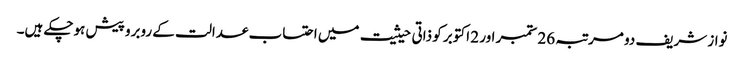
نواز شریف دو مرتبہ 26 ستمبر اور 2 اکتوبر کو ذاتی حیثیت میں احتساب عدالت کے روبرو پیش ہوچکے ہیں۔